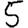
Digit: 5